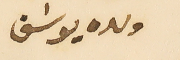
ولده يوسَف